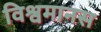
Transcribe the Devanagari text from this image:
विश्वमानस